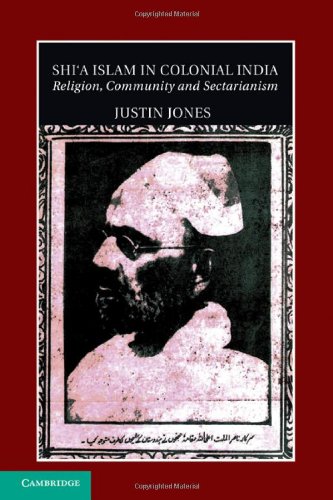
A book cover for Shi'a Islam in Colonial India: Religion, Community and Sectarianism (Cambridge Studies in Indian History and Society); Justin Jones; Religion & Spirituality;